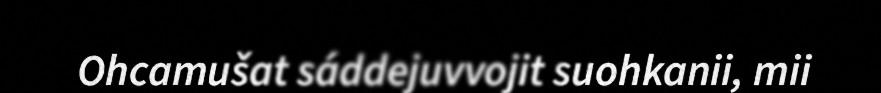
Ohcamušat sáddejuvvojit suohkanii, mii